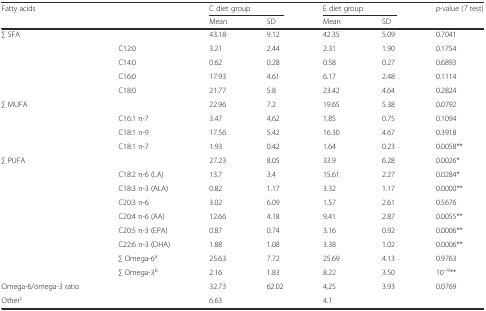
<table><thead><tr><td colspan="2"><b>Fatty acids</b></td><td colspan="2"><b>C diet group</b></td><td colspan="2"><b>E diet group</b></td><td><b><i>p</i>-value (<i>T</i> test)</b></td></tr><tr><td></td><td></td><td><b>Mean</b></td><td><b>SD</b></td><td><b>Mean</b></td><td><b>SD</b></td><td></td></tr></thead><tbody><tr><td>∑ SFA</td><td></td><td>43.18</td><td>9.12</td><td>42.35</td><td>5.09</td><td>0.7041</td></tr><tr><td></td><td>C12:0</td><td>3.21</td><td>2.44</td><td>2.31</td><td>1.90</td><td>0.1754</td></tr><tr><td></td><td>C14:0</td><td>0.62</td><td>0.28</td><td>0.58</td><td>0.27</td><td>0.6893</td></tr><tr><td></td><td>C16:0</td><td>17.93</td><td>4.61</td><td>6.17</td><td>2.48</td><td>0.1114</td></tr><tr><td></td><td>C18:0</td><td>21.77</td><td>5.8</td><td>23.42</td><td>4.64</td><td>0.2824</td></tr><tr><td>∑ MUFA</td><td></td><td>22.96</td><td>7.2</td><td>19.65</td><td>5.38</td><td>0.0792</td></tr><tr><td></td><td>C16:1 n-7</td><td>3.47</td><td>4.62</td><td>1.85</td><td>0.75</td><td>0.1094</td></tr><tr><td></td><td>C18:1 n-9</td><td>17.56</td><td>5.42</td><td>16.30</td><td>4.67</td><td>0.3918</td></tr><tr><td></td><td>C18:1 n-7</td><td>1.93</td><td>0.42</td><td>1.64</td><td>0.23</td><td>0.0058**</td></tr><tr><td>∑ PUFA</td><td></td><td>27.23</td><td>8.05</td><td>33.9</td><td>6.28</td><td>0.0026*</td></tr><tr><td></td><td>C18:2 n-6 (LA)</td><td>13.7</td><td>3.4</td><td>15.61</td><td>2.27</td><td>0.0284*</td></tr><tr><td></td><td>C18:3 n-3 (ALA)</td><td>0.82</td><td>1.17</td><td>3.32</td><td>1.17</td><td>0.0000**</td></tr><tr><td></td><td>C20:3 n-6</td><td>3.02</td><td>6.09</td><td>1.57</td><td>2.61</td><td>0.5676</td></tr><tr><td></td><td>C20:4 n-6 (AA)</td><td>12.66</td><td>4.18</td><td>9.41</td><td>2.87</td><td>0.0055**</td></tr><tr><td></td><td>C20:5 n-3 (EPA)</td><td>0.87</td><td>0.74</td><td>3.16</td><td>0.92</td><td>0.0006**</td></tr><tr><td></td><td>C22:6 n-3 (DHA)</td><td>1.88</td><td>1.08</td><td>3.38</td><td>1.02</td><td>0.0006**</td></tr><tr><td></td><td>∑ Omega-6<sup>a</sup></td><td>25.63</td><td>7.72</td><td>25.69</td><td>4.13</td><td>0.9763</td></tr><tr><td></td><td>∑ Omega-3<sup>b</sup></td><td>2.16</td><td>1.83</td><td>8.22</td><td>3.50</td><td>10<sup>−9</sup>**</td></tr><tr><td>Omega-6/omega-3 ratio</td><td></td><td>32.73</td><td>62.02</td><td>4.25</td><td>3.93</td><td>0.0769</td></tr><tr><td>Other<sup>c</sup></td><td></td><td>6.63</td><td></td><td>4.1</td><td></td><td></td></tr></tbody></table>